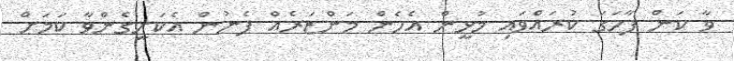
ވާ ކަން ފާހަގަ ކުރައްވައި މުޅީން އެހެން މަންޒަރެއް ފެނުން އެކަށީގެންވާ ކަމަށް